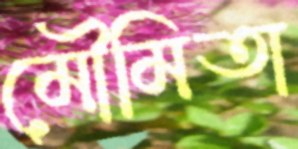
মৌমিতা